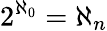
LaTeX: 2^{\aleph_{0}}=\aleph_{n}